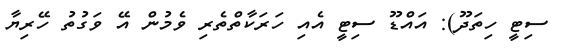
ސިޓީ ހިތަދޫ): އައްޑޫ ސިޓީ އެއި ހަރަކާތްތެރި ވެމުން އޭ ވަގުތު ހޭރިޔާ